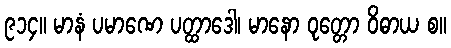
၉၁၄။ မာနံ ပမာဏေ ပတ္ထာဒေါ၊ မာနော ဝုတ္တော ဝိဓာယ စ။